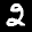
Label: 2